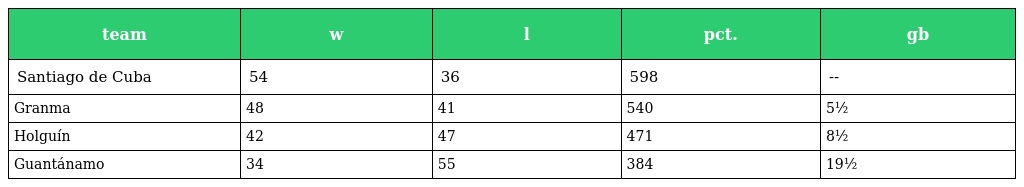
| team | w | l | pct. | gb |
 | --- | --- | --- | --- | --- |
 | Santiago de Cuba | 54 | 36 | 598 | -- |
 | Granma | 48 | 41 | 540 | 5½ |
 | Holguín | 42 | 47 | 471 | 8½ |
 | Guantánamo | 34 | 55 | 384 | 19½ |